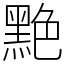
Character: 䵥